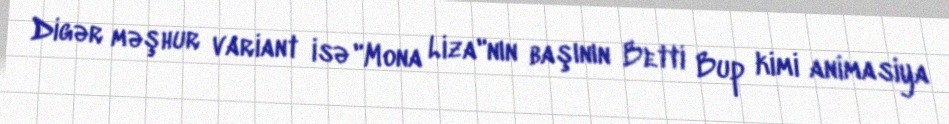
Digər məşhur variant isə "Mona Liza"nın başının Betti Bup kimi animasiya